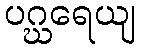
ပဂ္ဃရေယျ